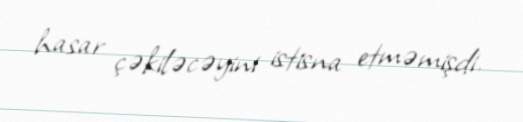
hasar çəkiləcəyini istisna etməmişdi.